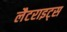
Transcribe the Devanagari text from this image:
लैटराइट्स